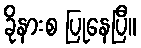
ခိုနားစ ပြုနေပြီ။